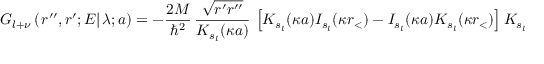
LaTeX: G _ { l + \nu } \left( \left. r ^ { \prime \prime } , r ^ { \prime } ; E \right| \lambda ; a \right) = - \frac { 2 M } { \hbar ^ { 2 } } \, \frac { \sqrt { r ^ { \prime } r ^ { \prime \prime } } } { K _ { s _ { l } } ( \kappa a ) } \, \left[ K _ { s _ { l } } ( \kappa a ) I _ { s _ { l } } ( \kappa r _ { < } ) - I _ { s _ { l } } ( \kappa a ) K _ { s _ { l } } ( \kappa r _ { < } ) \right] K _ { s _ { l } } ( \kappa r _ { > } ) \; ,